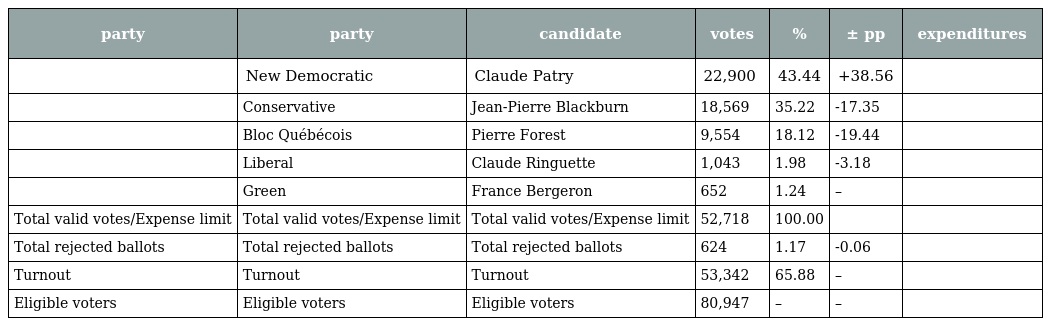
| party | party | candidate | votes | % | ± pp | expenditures |
 | --- | --- | --- | --- | --- | --- | --- |
 |  | New Democratic | Claude Patry | 22,900 | 43.44 | +38.56 |  |
 |  | Conservative | Jean-Pierre Blackburn | 18,569 | 35.22 | -17.35 |  |
 |  | Bloc Québécois | Pierre Forest | 9,554 | 18.12 | -19.44 |  |
 |  | Liberal | Claude Ringuette | 1,043 | 1.98 | -3.18 |  |
 |  | Green | France Bergeron | 652 | 1.24 | – |  |
 | Total valid votes/Expense limit | Total valid votes/Expense limit | Total valid votes/Expense limit | 52,718 | 100.00 |  |  |
 | Total rejected ballots | Total rejected ballots | Total rejected ballots | 624 | 1.17 | -0.06 |  |
 | Turnout | Turnout | Turnout | 53,342 | 65.88 | – |  |
 | Eligible voters | Eligible voters | Eligible voters | 80,947 | – | – |  |